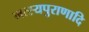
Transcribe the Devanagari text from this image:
मत्स्यपुराणादि